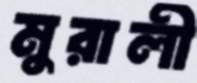
মুরালী